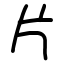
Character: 片